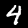
Label: 4